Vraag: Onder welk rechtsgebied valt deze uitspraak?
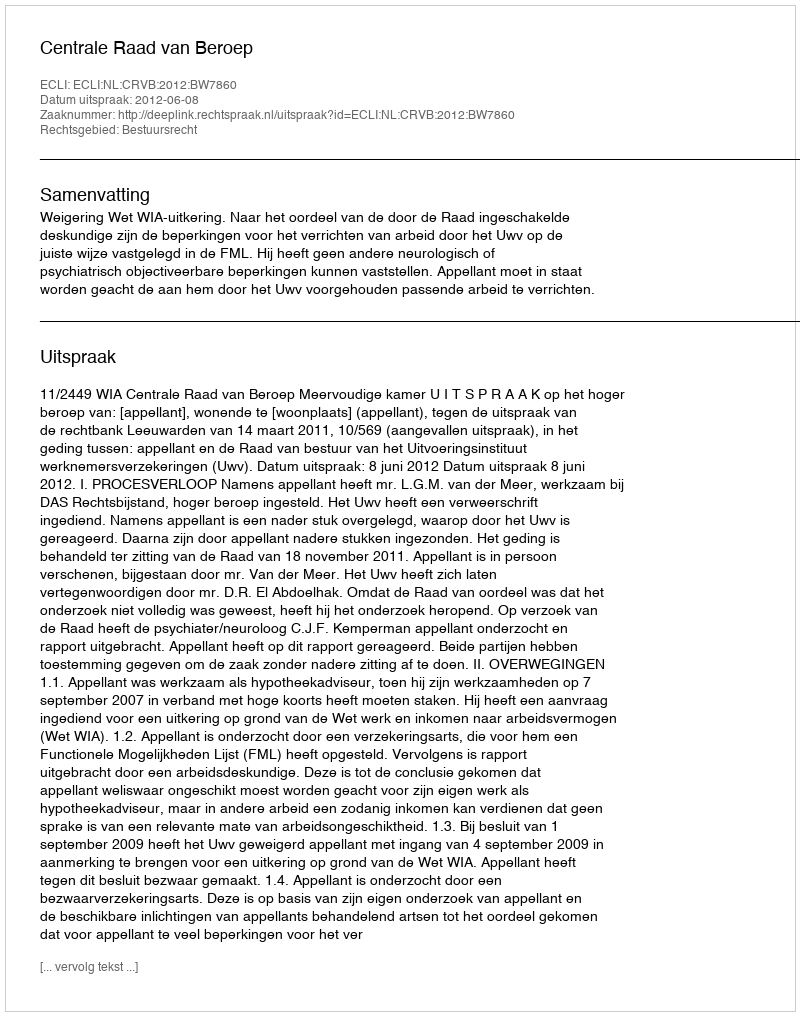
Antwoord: Bestuursrecht